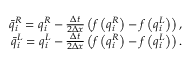
\begin{array} { r } { \bar { q } _ { i } ^ { R } = q _ { i } ^ { R } - \frac { \Delta t } { 2 \Delta x } \left( f \left( q _ { i } ^ { R } \right) - f \left( q _ { i } ^ { L } \right) \right) , } \\ { \bar { q } _ { i } ^ { L } = q _ { i } ^ { L } - \frac { \Delta t } { 2 \Delta x } \left( f \left( q _ { i } ^ { R } \right) - f \left( q _ { i } ^ { L } \right) \right) . } \end{array}